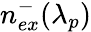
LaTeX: n_{ex}^{-}(\lambda_{p})